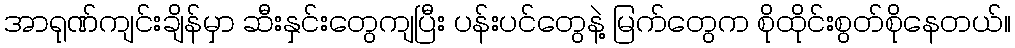
အာရုဏ်ကျင်းချိန်မှာ ဆီးနှင်းတွေကျပြီး ပန်းပင်တွေနဲ့ မြက်တွေက စိုထိုင်းစွတ်စိုနေတယ်။